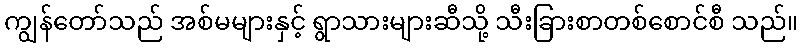
ကျွန်တော်သည် အစ်မများနှင့် ရွာသားများဆီသို့ သီးခြားစာတစ်စောင်စီ သည်။